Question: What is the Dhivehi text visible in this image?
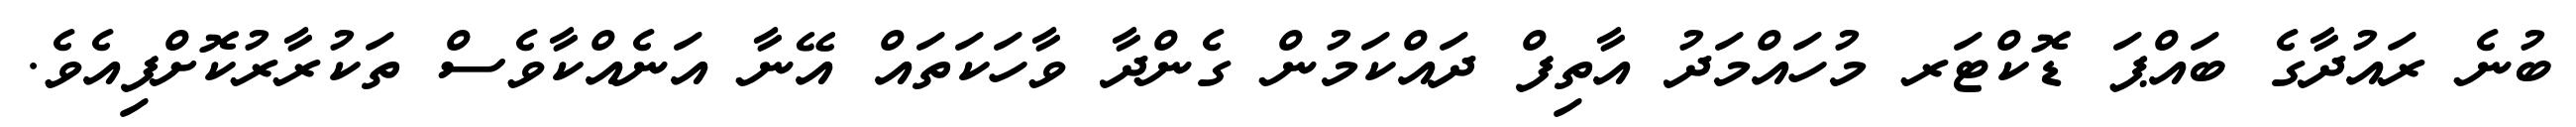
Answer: ބުނެ ރައުދާގެ ބައްޕަ ޑޮކްޓަރ މުހައްމަދު އާތިފް ދައްކަމުން ގެންދާ ވާހަކަތައް އޭނާ އަނެއްކާވެސް ތަކުރާރުކޮށްފިއެވެ.